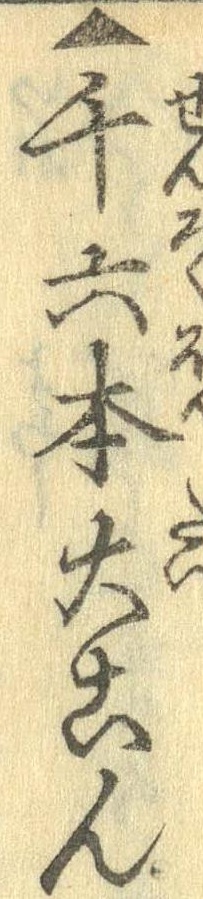
▲千六本大こん